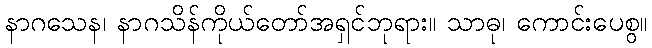
နာဂသေန၊ နာဂသိန်ကိုယ်တော်အရှင်ဘုရား။ သာဓု၊ ကောင်းပေစွ။